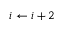
i \gets i + 2